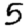
Digit: 5